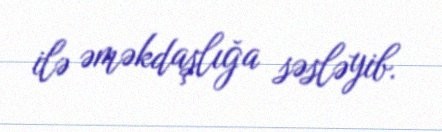
ilə əməkdaşlığa səsləyib.